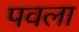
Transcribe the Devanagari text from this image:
पवला